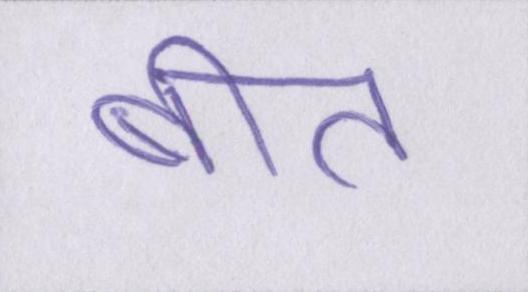
बीत